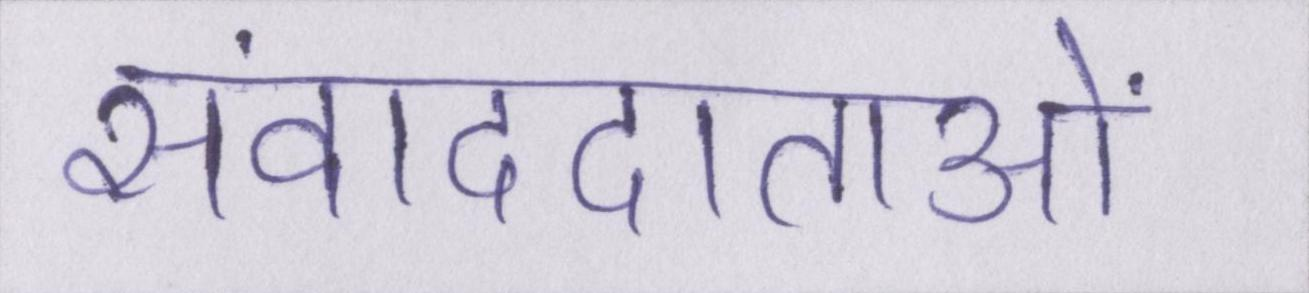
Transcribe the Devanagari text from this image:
संवाददाताओं